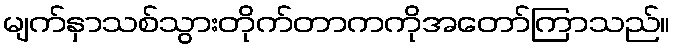
မျက်နှာသစ်သွားတိုက်တာကကိုအတော်ကြာသည်။